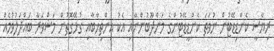
ރިޔާސީ ކެންޑިޑޭޓުން ނުވަތަ ކެންޑީޑޭޓުންގެ މަންދޫބުންނާއި އެކު އިންތިޚާބާއި ގުޅޭގޮތުން މަޝްވަރާ ބައްދަލުވުމެއް